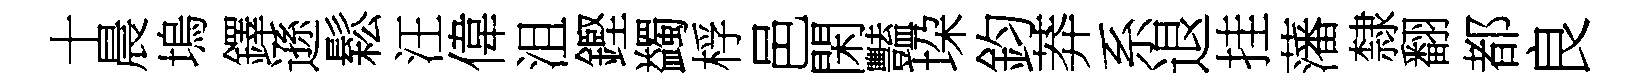
十晨塢鐸遜鬆汪偉沮鏗蠲桴邑閑豔垜鈞莽系退挂藩隸翻都良